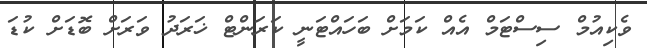
ވެކިއުމް ސިސްޓަމް އެއް ކަމަށް ބަހައްޓަނީ ކަރަންޓް ޚަރަދު ވަރަށް ބޮޑަށް ކުޑަ